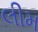
લીમ